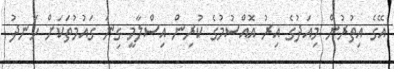
އޭގެ އިތުރުން މިއަދުގެ އިރު އޮއްސުމުގެ ކުރިން އިސްލާމީ ގިނަ ގައުމުތަކަށް ހަނދު